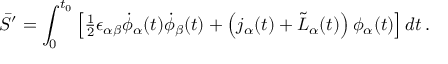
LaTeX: \bar { S } ^ { \prime } = \int _ { 0 } ^ { t _ { 0 } } \left[ { \textstyle { \frac { 1 } { 2 } } } \epsilon _ { \alpha \beta } \dot { \phi } _ { \alpha } ( t ) \dot { \phi } _ { \beta } ( t ) + \left( j _ { \alpha } ( t ) + \tilde { L } _ { \alpha } ( t ) \right) \phi _ { \alpha } ( t ) \right] d t \, .